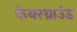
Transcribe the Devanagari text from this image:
फेयरग्राउंड